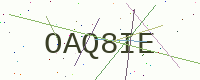
Text: OAQ8IE